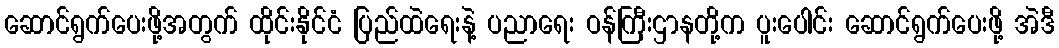
ဆောင်ရွက်ပေးဖို့အတွက် ထိုင်းနိုင်ငံ ပြည်ထဲရေးနဲ့ ပညာရေး ဝန်ကြီးဌာနတို့က ပူးပေါင်း ဆောင်ရွက်ပေးဖို့ အဲဒီ